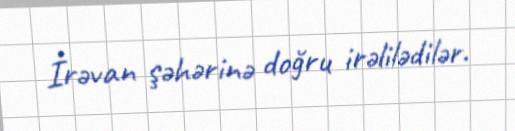
İrəvan şəhərinə doğru irəlilədilər.